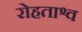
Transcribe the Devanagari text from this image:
रोहताश्व